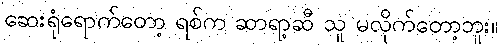
ဆေးရုံရောက်တော့ ရစ်က ဆာရာ့ဆီ သူ မလိုက်တော့ဘူး။